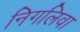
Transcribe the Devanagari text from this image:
निगलिवा